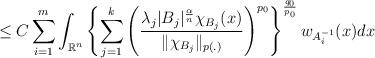
LaTeX: \begin{align*}\leq C \sum_{i=1}^{m} \int_{\mathbb{R}^{n}} \left\{\sum_{j=1}^{k} \left(\frac{\lambda_{j} |B_j|^{\frac{\alpha}{n}} \chi_{B_j}(x)}{\| \chi_{B_j} \|_{p(.)}}\right)^{p_0} \right\}^{\frac{q_0}{p_0}} w_{A_{i}^{-1}}(x) dx \end{align*}